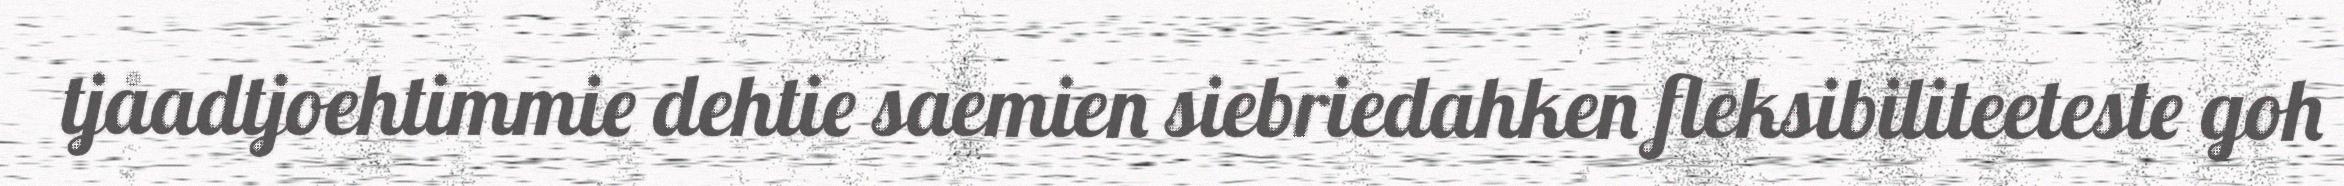
tjåadtjoehtimmie dehtie saemien siebriedahken fleksibiliteeteste goh